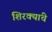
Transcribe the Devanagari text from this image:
शिरक्यांचे